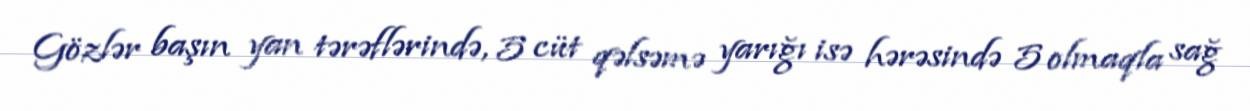
Gözlər başın yan tərəflərində, 5 cüt qəlsəmə yarığı isə hərəsində 5 olmaqla sağ